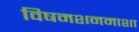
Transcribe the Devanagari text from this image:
विषमशनमाशा